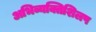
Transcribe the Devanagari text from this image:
अभिव्यक्तिशिलप